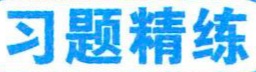
习题精练